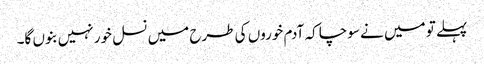
پہلے تو میں نے سوچا کہ آدم خوروں کی طرح میں نسل خور نہیں بنوں گا۔